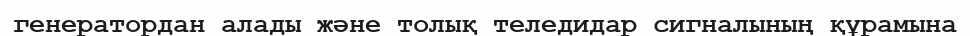
генератордан алады және толық теледидар сигналының құрамына